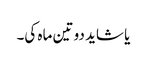
یا شاید دو تین ماہ کی۔